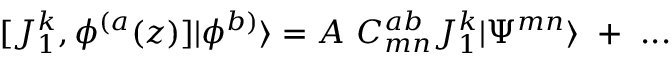
[ J _ { 1 } ^ { k } , \phi ^ { ( a } ( z ) ] | \phi ^ { b ) } \rangle = A ~ C _ { m n } ^ { a b } J _ { 1 } ^ { k } | \Psi ^ { m n } \rangle ~ + ~ . . .